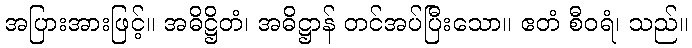
အပြားအားဖြင့်။ အဓိဋ္ဌိတံ၊ အဓိဋ္ဌာန် တင်အပ်ပြီးသော။ ဧတံ စီဝရံ၊ သည်။